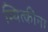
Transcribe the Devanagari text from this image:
म्यित्कीना